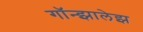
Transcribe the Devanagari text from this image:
गॉन्झालेझ